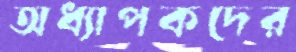
অধ্যাপকদের